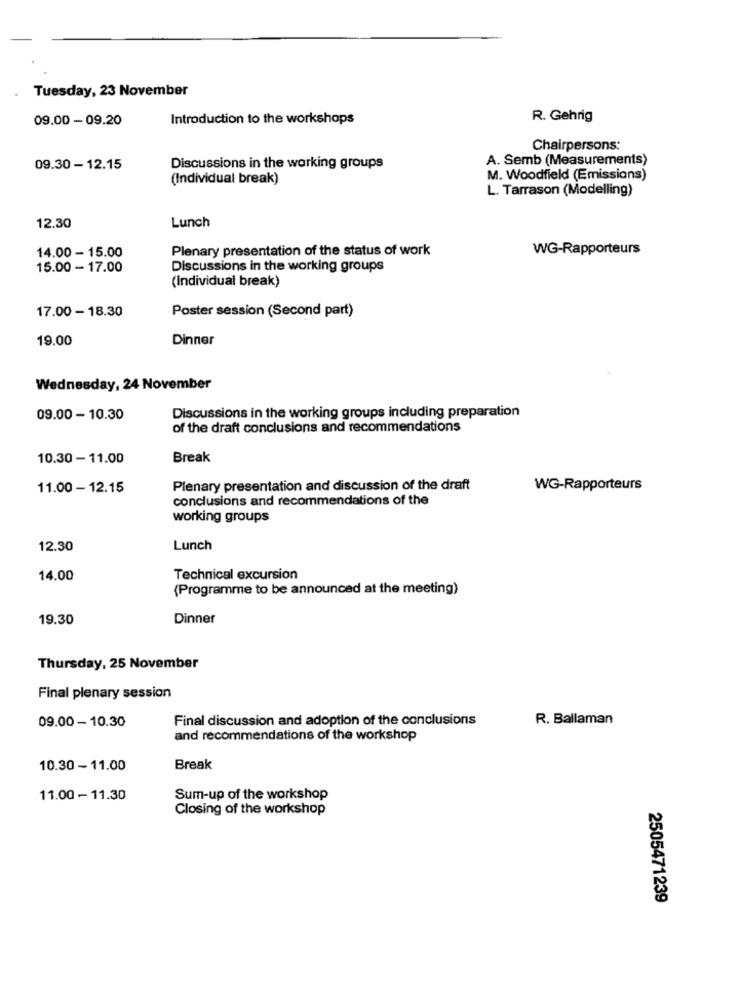
Tuesday, 23 November
09.00 - 09.20
Introduction to the workshops
R. Gehrig
Chairpersons:
A. Semb (Measurements)
09.30 - 12.15
Discussions in the working groups
(Individual break)
M. Woodfield (Emissions)
L. Tarrason (Modelling)
12.30
Lunch
14.00 - 15.00
Plenary presentation of the status of work
WG-Rapporteurs
15.00 - 17.00
Discussions in the working groups
(Individual break)
17.00 - 18.30
Poster session (Second part)
19.00
Dinner
Wednesday, 24 November
09.00 - 10.30
Discussions in the working groups including preparation
of the draft conclusions and recommendations
10.30 -11.00
Break
11.00 - 12.15
Plenary presentation and discussion of the draft
WG-Rapporteurs
conclusions and recommendations of the
working groups
12.30
Lunch
14.00
Technical excursion
(Programme to be announced at the meeting)
19.30
Dinner
Thursday, 25 November
Final plenary session
09.00 - 10.30
Final discussion and adoption of the conclusions
R. Ballaman
and recommendations of the workshop
10.30 - 11.00
Break
11.00 - 11.30
Sum-up of the workshop
Closing of the workshop
2505471239